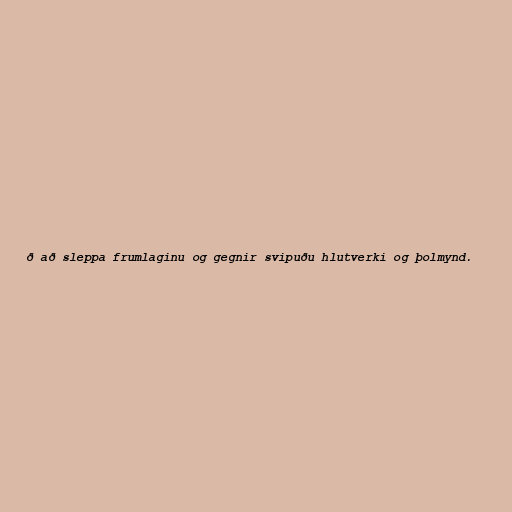
ð að sleppa frumlaginu og gegnir svipuðu hlutverki og þolmynd.